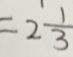
= 2 \frac { 1 } { 3 }